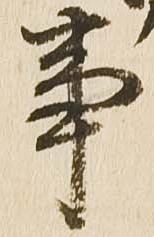
事